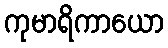
ကုမာရိကာယော